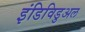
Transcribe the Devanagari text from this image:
इंडिविडुअल